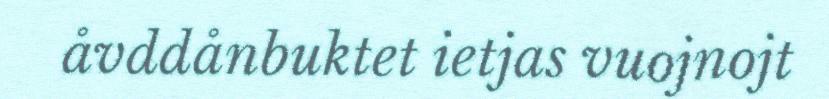
åvddånbuktet ietjas vuojnojt